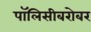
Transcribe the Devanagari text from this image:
पॉलिसीबरोबर